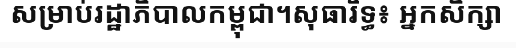
សម្រាប់រដ្ឋាភិបាលកម្ពុជា។សុធារិទ្ធ៖ អ្នកសិក្សា